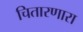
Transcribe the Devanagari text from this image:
चितारणारा